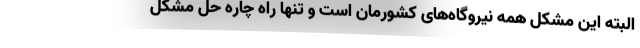
البته این مشکل همه نیروگاه‌های کشورمان است و تنها راه چاره حل مشکل